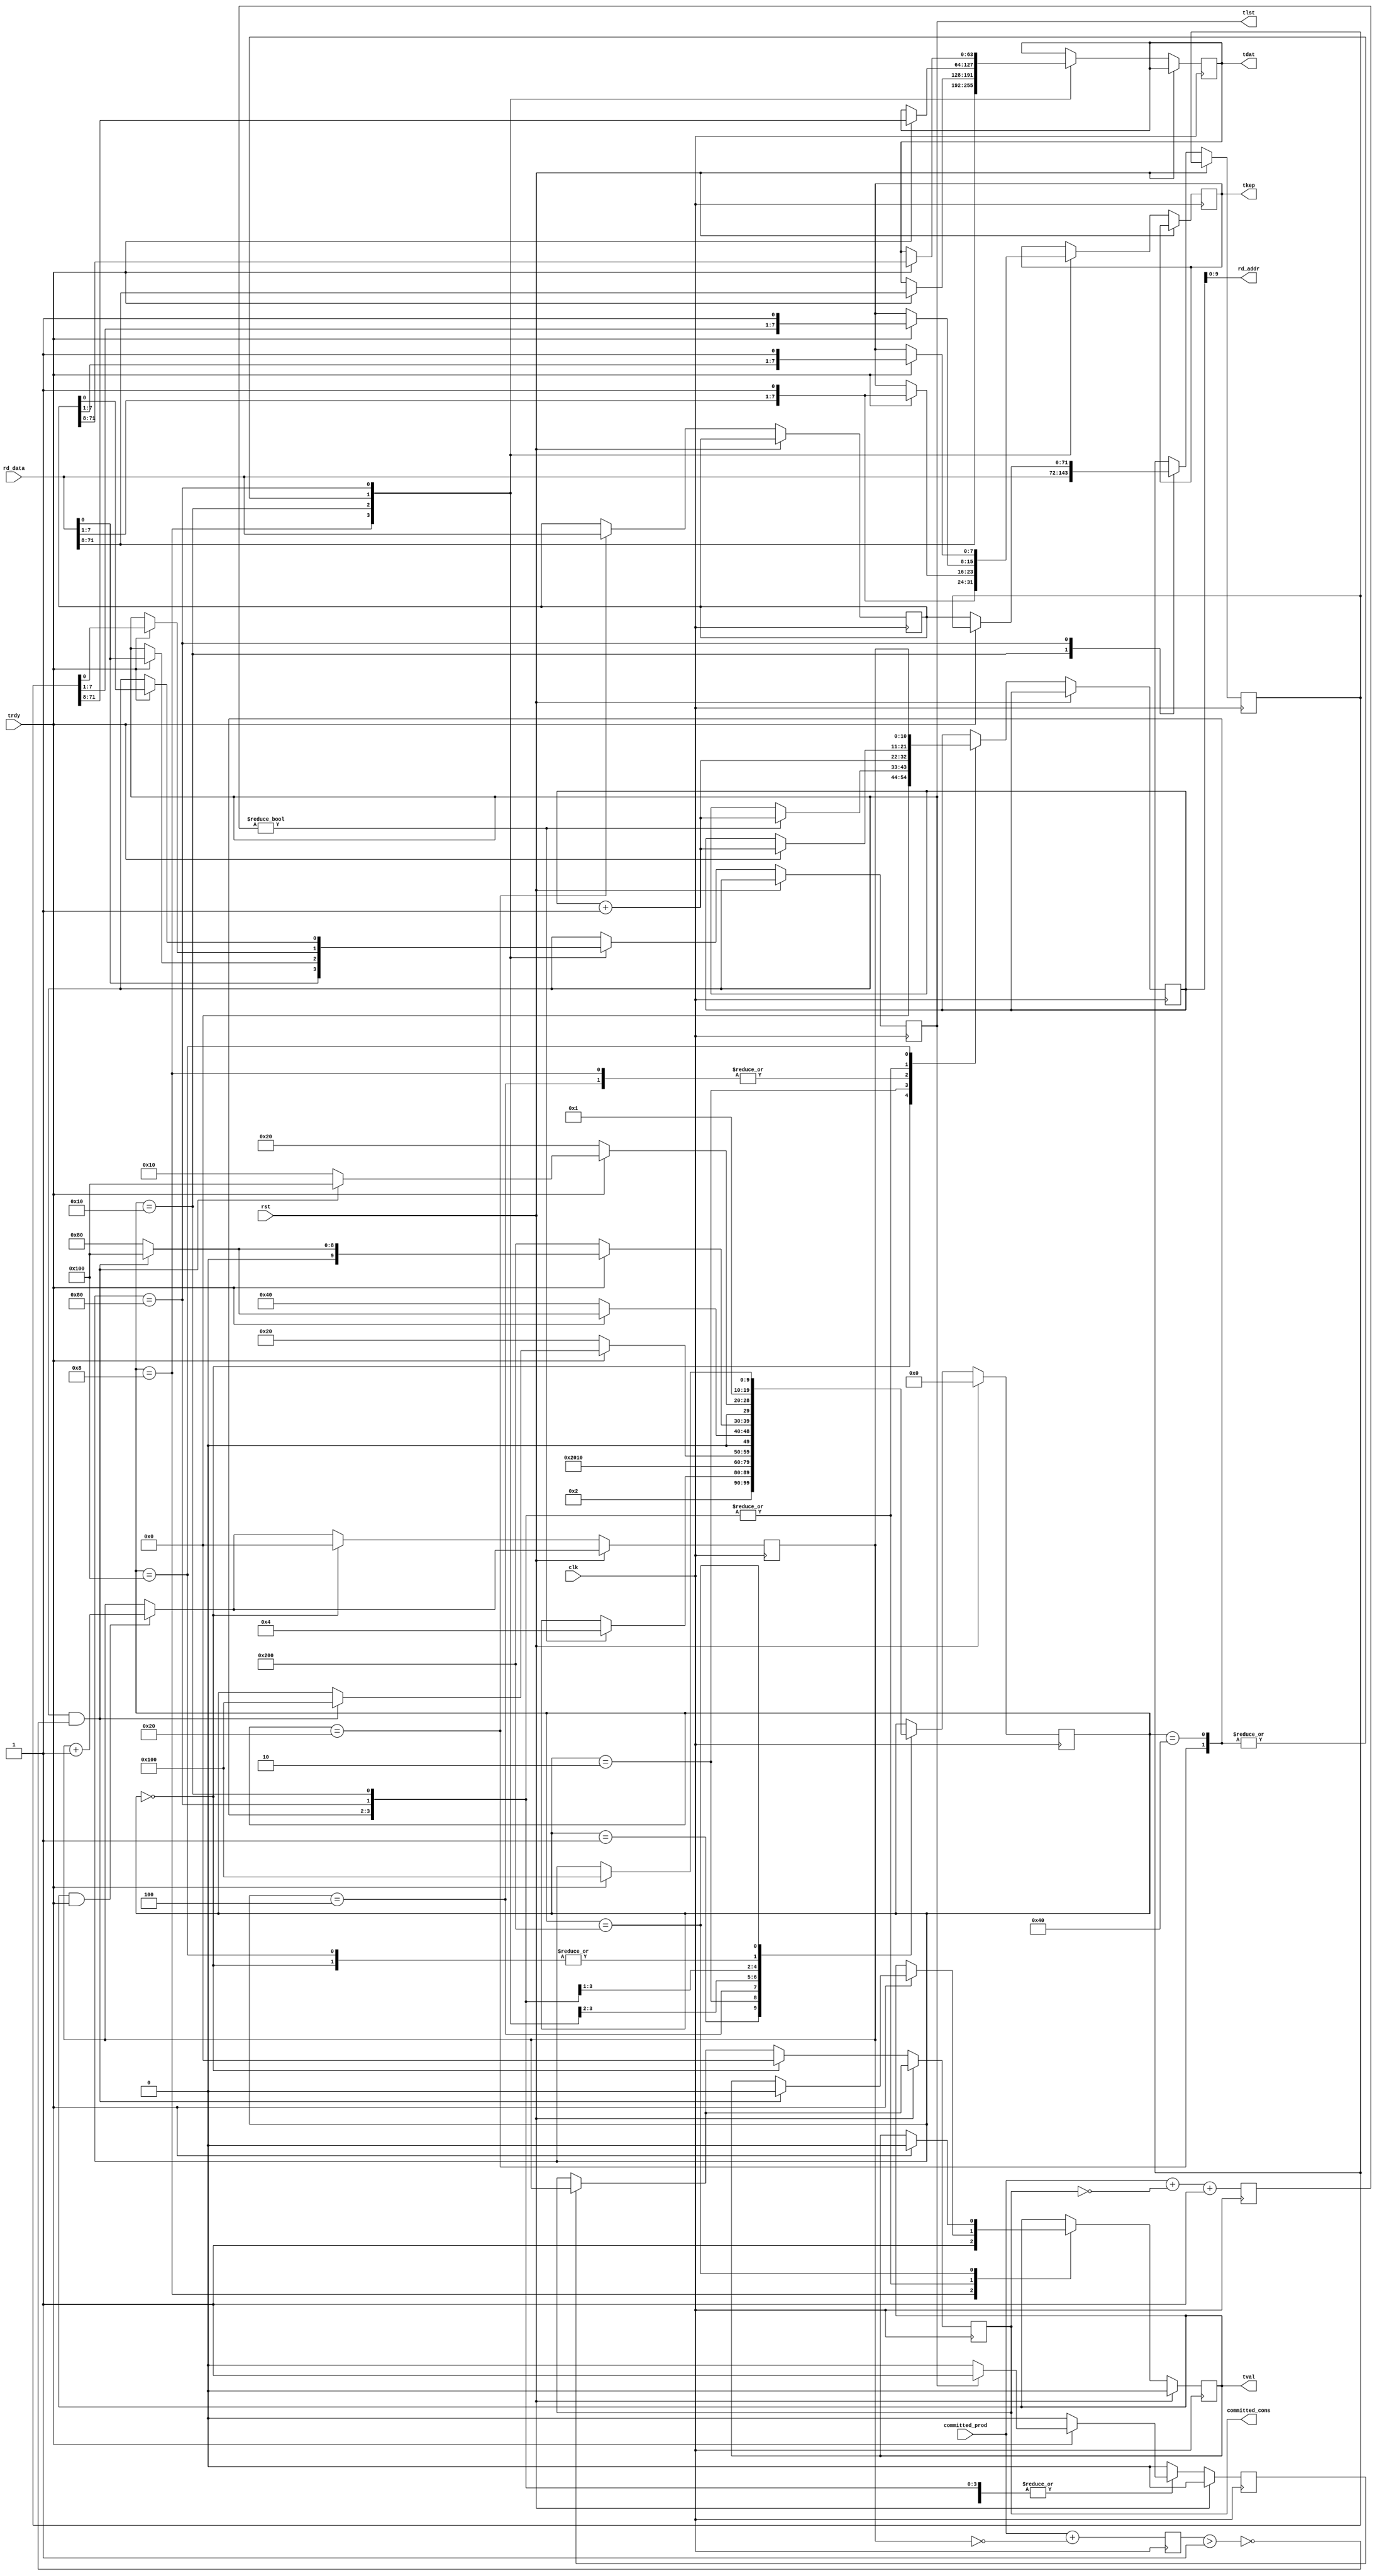
//
// Copyright (c) 2016 University of Cambridge All rights reserved.
//
//
// This software was developed with the support of 
// Prof. Gustavo Sutter and Prof. Sergio Lopez-Buedo and
// University of Cambridge Computer Laboratory NetFPGA team.
//
// @NETFPGA_LICENSE_HEADER_START@
//
// Licensed to NetFPGA C.I.C. (NetFPGA) under one or more
// contributor license agreements.  See the NOTICE file distributed with this
// work for additional information regarding copyright ownership.  NetFPGA
// licenses this file to you under the NetFPGA Hardware-Software License,
// Version 1.0 (the "License"); you may not use this file except in compliance
// with the License.  You may obtain a copy of the License at:
//
//   http://www.netfpga-cic.org
//
// Unless required by applicable law or agreed to in writing, Work distributed
// under the License is distributed on an "AS IS" BASIS, WITHOUT WARRANTIES OR
// CONDITIONS OF ANY KIND, either express or implied.  See the License for the
// specific language governing permissions and limitations under the License.
//
// @NETFPGA_LICENSE_HEADER_END@

//////////////////////////////////////////////////////////////////////////////
//////////////////////////////////////////////////////////////////////////////
`timescale 1ns / 1ps
//`default_nettype none

module ibuf2axis # (
    parameter AW = 10,
    parameter DW = 72
    ) (

    input                    clk,
    input                    rst,

    // AXIS
    output reg   [63:0]      tdat,
    output reg   [7:0]       tkep,
    output reg               tval,
    output reg               tlst,
    input                    trdy,

    // mac2ibuf
    input        [AW:0]      committed_prod,
    output       [AW:0]      committed_cons,

    // ibuf
    output       [AW-1:0]    rd_addr,
    input        [DW-1:0]    rd_data
    );

    // localparam
    localparam s0  = 10'b0000000000;
    localparam s1  = 10'b0000000001;
    localparam s2  = 10'b0000000010;
    localparam s3  = 10'b0000000100;
    localparam s4  = 10'b0000001000;
    localparam s5  = 10'b0000010000;
    localparam s6  = 10'b0000100000;
    localparam s7  = 10'b0001000000;
    localparam s8  = 10'b0010000000;
    localparam s9  = 10'b0100000000;
    localparam s10 = 10'b1000000000;

    //-------------------------------------------------------
    // Local ibuf2axis
    //-------------------------------------------------------   
    reg          [9:0]       fsm;
    reg          [AW:0]      rd_addr_i;
    reg          [AW:0]      diff, diff_end;
    reg          [AW:0]      sof_addr;
    reg          [DW-1:0]    ax_rd_data, ax2_rd_data;
    reg          [AW:0]      cons;
    reg                      updt_sof;

    //-------------------------------------------------------
    // assigns
    //-------------------------------------------------------
    assign rd_addr = rd_addr_i;
    assign committed_cons = sof_addr;

    ////////////////////////////////////////////////
    // Inbound ethernet frame to axis
    ////////////////////////////////////////////////
    always @(posedge clk) begin

        diff <= committed_prod + (~sof_addr) + 1;
        diff_end <= committed_prod + (~cons);

        if (tval && trdy) begin
            cons <= cons + 1;
        end

        updt_sof <= 1'b0;
        if (updt_sof) begin
            sof_addr <= cons;
        end

        if (rst) begin  // rst
            tval <= 1'b0;
            fsm <= s0;
        end
        
        else begin  // not rst

            case (fsm)

                s0 : begin
                    cons <= 'b0;
                    sof_addr <= 'b0;
                    rd_addr_i <= 'b0;
                    fsm <= s1;
                end

                s1 : begin // update diff
                    fsm <= s2;
                end

                s2 : begin
                    if (diff) begin
                        rd_addr_i <= rd_addr_i + 1;
                        fsm <= s3;
                    end
                end

                s3 : begin
                    rd_addr_i <= rd_addr_i + 1;
                    fsm <= s4;
                end

                s4 : begin
                    tdat <= get_tdata(rd_data);
                    tkep <= get_tkeep(rd_data);
                    tlst <= get_tlast(rd_data);
                    tval <= 1'b1;
                    rd_addr_i <= rd_addr_i + 1;
                    fsm <= s5;
                end

                s5 : begin
                    rd_addr_i <= rd_addr_i + 1;
                    ax_rd_data <= rd_data;
                    if (trdy) begin
                        tdat <= get_tdata(rd_data);
                        tkep <= get_tkeep(rd_data);
                        tlst <= get_tlast(rd_data);
                        if (tlst) begin
                            updt_sof <= 1'b1;
                        end
                        if (tlst && !(diff_end > 1)) begin
                            tval <= 1'b0;
                            fsm <= s9;
                        end
                    end
                    else begin
                        rd_addr_i <= rd_addr_i;
                        fsm <= s6;
                    end
                end

                s6 : begin
                    ax2_rd_data <= rd_data;
                    if (trdy) begin
                        tdat <= get_tdata(ax_rd_data);
                        tkep <= get_tkeep(ax_rd_data);
                        tlst <= get_tlast(ax_rd_data);
                        rd_addr_i <= rd_addr_i + 1;
                        if (tlst) begin
                            updt_sof <= 1'b1;
                        end
                        if (tlst && !(diff_end > 1)) begin
                            tval <= 1'b0;
                            fsm <= s9;
                        end
                        else begin
                            fsm <= s8;
                        end
                    end
                    else begin
                        fsm <= s7;
                    end
                end

                s7 : begin
                    if (trdy) begin
                        tdat <= get_tdata(ax_rd_data);
                        tkep <= get_tkeep(ax_rd_data);
                        tlst <= get_tlast(ax_rd_data);
                        rd_addr_i <= rd_addr_i + 1;
                        if (tlst) begin
                            updt_sof <= 1'b1;
                        end
                        if (tlst && !(diff_end > 1)) begin
                            tval <= 1'b0;
                            fsm <= s9;
                        end
                        else begin
                            fsm <= s8;
                        end
                    end
                    else begin
                        fsm <= s10;
                    end
                end

                s8 : begin
                    if (trdy) begin
                        tdat <= get_tdata(ax2_rd_data);
                        tkep <= get_tkeep(ax2_rd_data);
                        tlst <= get_tlast(ax2_rd_data);
                        rd_addr_i <= rd_addr_i + 1;
                        if (tlst) begin
                            updt_sof <= 1'b1;
                        end
                        if (tlst && !(diff_end > 1)) begin
                            tval <= 1'b0;
                            fsm <= s9;
                        end
                        else begin
                            fsm <= s5;
                        end
                    end
                    else begin
                        ax_rd_data <= ax2_rd_data;
                        fsm <= s6;
                    end
                end

                s9 : begin
                    rd_addr_i <= cons;
                    fsm <= s1;
                end

                s10 : begin
                    if (trdy) begin
                        tval <= 1'b0;
                        if (tlst) begin
                            updt_sof <= 1'b1;
                        end
                        fsm <= s9;
                    end
                end

            endcase
        end     // not rst
    end  //always

    ////////////////////////////////////////////////
    // get_tdata
    ////////////////////////////////////////////////
    function [63:0] get_tdata (
        input        [DW-1:0]    din
        );
    begin
        get_tdata = din[DW-1:DW-64];
    end
    endfunction // get_tdata

    ////////////////////////////////////////////////
    // get_tkeep
    ////////////////////////////////////////////////
    function [7:0] get_tkeep (
        input        [DW-1:0]    din
        );
    begin
        get_tkeep = {din[8:1], 1'b1};
    end
    endfunction // get_tkeep

    ////////////////////////////////////////////////
    // get_tlast
    ////////////////////////////////////////////////
    function get_tlast (
        input        [DW-1:0]    din
        );
    begin
        get_tlast = din[0];
    end
    endfunction // get_tlast

endmodule // ibuf2axis

//////////////////////////////////////////////////////////////////////////////
//////////////////////////////////////////////////////////////////////////////